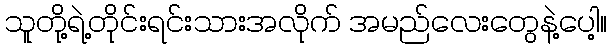
သူတို့ရဲ့တိုင်းရင်းသားအလိုက် အမည်လေးတွေနဲ့ပေါ့။